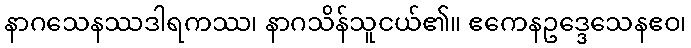
နာဂသေနဿဒါရကဿ၊ နာဂသိန်သူငယ်၏။ ဧကေနဥဒ္ဒေသေနဧဝ၊